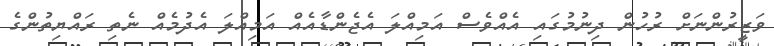
ވަޒީރުންނަށް ރުހުން ދިނުމުގައި އެއްވެސް އަމިއްލަ އެޖެންޑާއެއް އަމިއްލަ އެދުމެއް ނެތި ރައްޔިތުންގެ